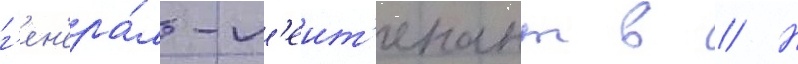
г'ен'ера́л-л'еит'енант в // Н